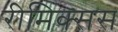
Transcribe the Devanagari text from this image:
रीमिक्सस